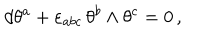
d \theta ^ { a } + \varepsilon _ { a b c } \, \theta ^ { b } \wedge \theta ^ { c } = 0 \, ,